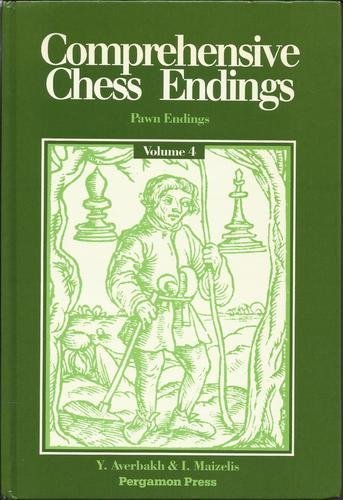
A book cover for Comprehensive Chess Endings Volume 4 Pawn Endings; Yuri Averbakh; Literature & Fiction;